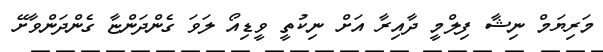
މަރިޔަމް ނިޝާ ފިލްމީ ދާއިރާ އަށް ނިކުތީ ވީޑިއޯ ލަވަ ގެންދަންޏާ ގެންދަންވާށޭ